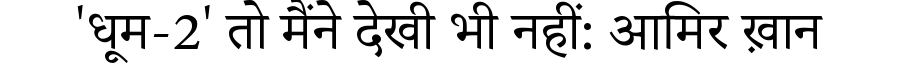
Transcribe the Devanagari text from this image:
'धूम-2' तो मैंने देखी भी नहीं: आमिर ख़ान